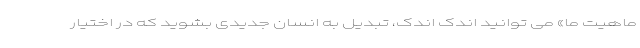
ماهیت ما» می توانید اندک اندک، تبدیل به انسان جدیدی بشوید که در اختیار